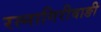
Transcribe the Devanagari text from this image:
रत्‍नागिरीवाङी